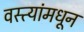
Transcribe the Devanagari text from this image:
वस्त्यांमधून